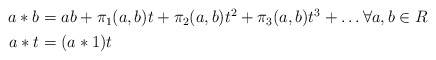
\begin{align*}\begin{aligned}a * b &= ab + \pi_1(a,b)t + \pi_2(a,b)t^2 + \pi_3(a,b)t^3 + \dots \forall a,b \in R\\a*t &= (a*1)t\end{aligned}\end{align*}